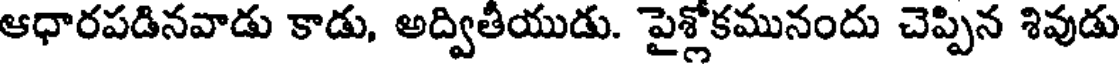
ఆధారపడినవాడు కాడు, అద్వితీయుడు. పైశ్లోకమునందు చెప్పిన శివుడు